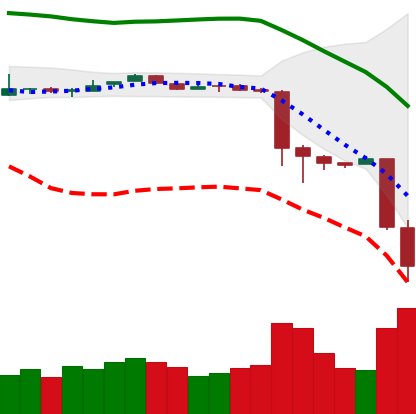
Ticker: BTC-USD
Chart end date: 2018-11-20
Forward return: -9.926%
Label: down_7plus